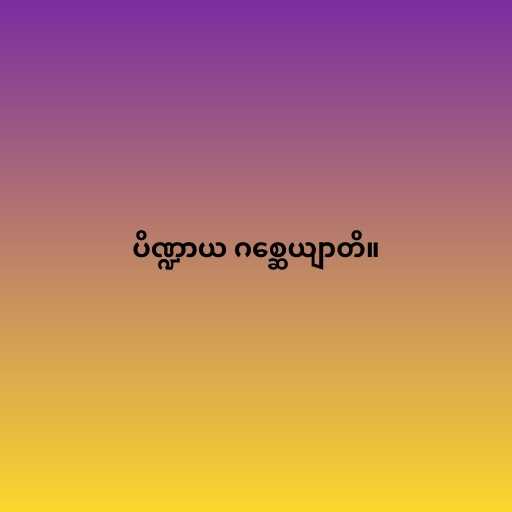
ပိဏ္ဍာယ ဂစ္ဆေယျာတိ။